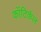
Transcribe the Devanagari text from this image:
कॉटिर्कल